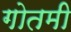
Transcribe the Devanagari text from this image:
गोतमी